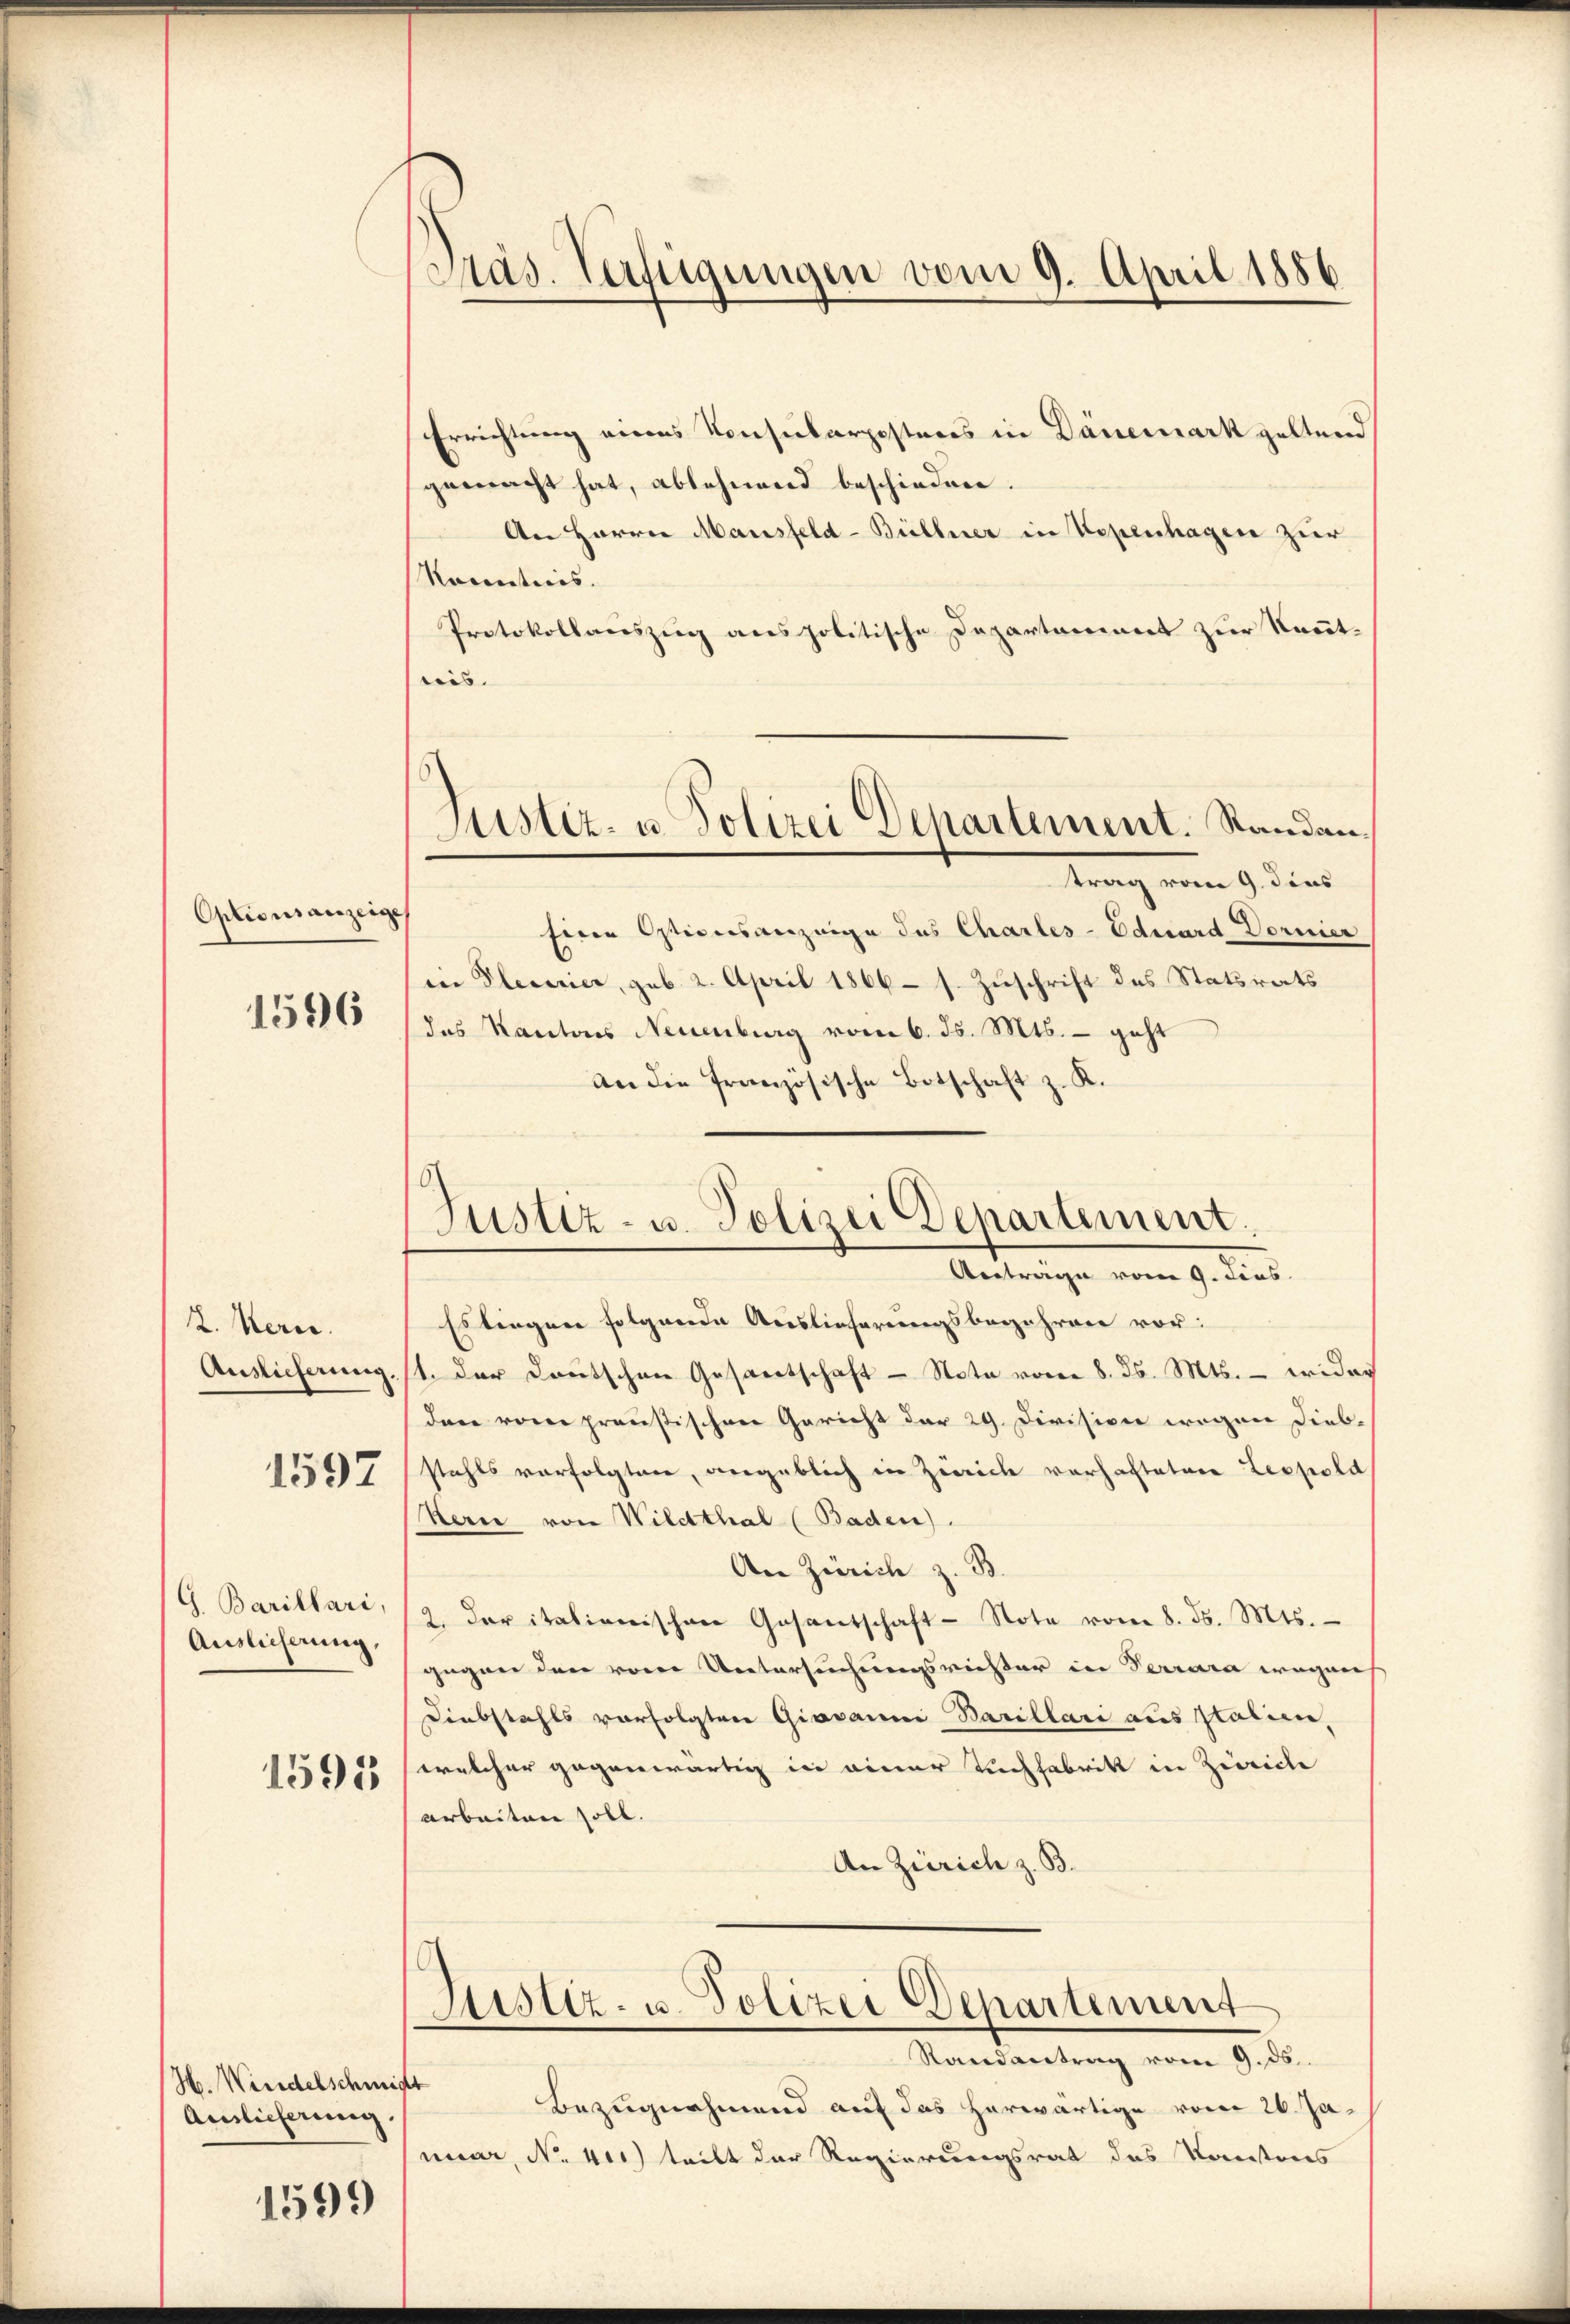
Optionsanzeige

1596

2. Hern.
Auslieferung

1597

G. Barillari
Auslicherung,

1595

H. Wendelschmidt
Auslieferung

1599

Präs. Verfügungen vom 9. April 1886

Justiz- u. Polizei Departement. Standantrag vom 9. dies

Errichtung eines Konsularpostens in Dänemark geltend
gemacht hat, ablehnend beschieden.
An Herrn Mansfeld-Büllner in Kopenhagere zuer
Racenticis. |
Protokollauszug anspolitische Departament zur Kenntris.
Eine Ostionsanzeige des Charles-Eduard Dornier
in Plecurier, sub. 2. April 1866 s. Zuschrift des Statsrats
(das Kantons Neuenburg vom 6. Js. Mts. – geht
an die französische Botschaft z. K.
Justiz- u. Polizei Departement.
Antrage vom 9. dies
Es liegen folgende Auslieferungsbegehren vor:
1. Der Deutschen Gesandtschaft - Nota vom 8. d. Mts. — wider
den vom preusischen Gericht der 29. Division wegen Dieb-
stahls vorfolgten, vergeblich in Zürich vorhafteten Leopold
Herie von Wildthal (Baden)
An Zürich z. B.
2. Der italienischen Gesantschaft-Note vom 8. ds. Mts.
gegen den vom Untersuchungsrichter in Terrara wegens
Diebstahls vorfolgten Giovanni Barillari aus statiere,
welcher gegenwärtig in einer Tuchfabrikt in Zürich
arbeiten soll.
An Zürich z. B.

Justiz- u. Polizei Departement

Randantrag vom 9. ds.
Bezugnahmend auf das herwärtige vom 26. Januar, No. 41) teilt der Regierungsrat des Kantores